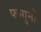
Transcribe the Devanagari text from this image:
फग्गुनो